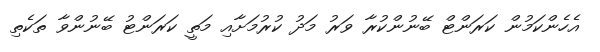
އެހެންކަމުން ކަރަންޓް ބޭނުންކުރާ ވަރު މަދު ކުރުމަށާއި މަތީ ކަރަންޓު ބޭނުންވާ ތަކެތި